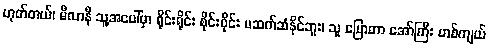
ဟုတ်တယ်၊ မီလာနီ သူ့အပေါ်မှာ ရိုင်းရိုင်း စိုင်းစိုင်း မဆက်ဆံနိုင်ဘူး၊ သူ ပြောတာ အော်ကြီး ဟစ်ကျယ်